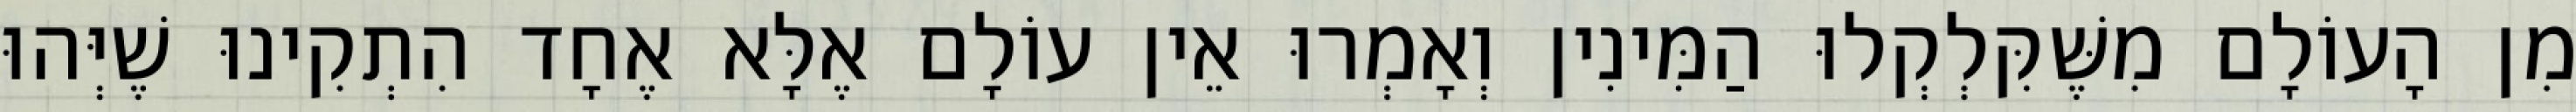
מִן הָעוֹלָם מִשֶּׁקִּלְקְלוּ הַמִּינִין וְאָמְרוּ אֵין עוֹלָם אֶלָּא אֶחָד הִתְקִינוּ שֶׁיְּהוּ